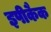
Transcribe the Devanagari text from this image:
इपीकैक